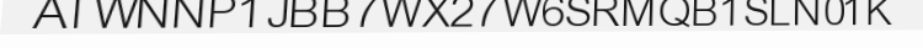
ATWNNP1JBB7WX27W6SRMQB1SLN01K